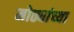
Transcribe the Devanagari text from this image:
मोठ्यांच्या